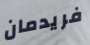
فريدمان